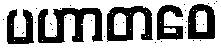
ပဟာတဝေ